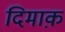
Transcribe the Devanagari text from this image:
दिमाक़